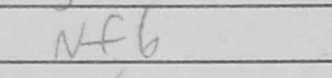
Transcription: Nf6